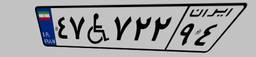
۹۱W۸۱۴۸۲